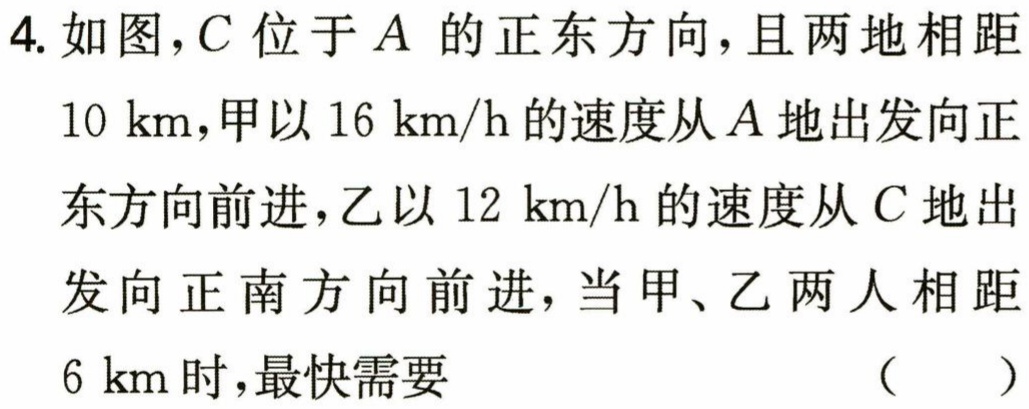
4. 如图，\(C\) 位于 \(A\) 的正东方向，且两地相距
\(10\mathrm{km}\)，甲以 \(16\mathrm{km/h}\) 的速度从 \(A\) 地出发向正
东方向前进，乙以 \(12\mathrm{km/h}\) 的速度从 \(C\) 地出
发向正南方向前进，当甲、乙两人相距
\(6\mathrm{km}\) 时，最快需要 （  ）